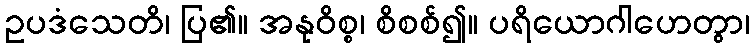
ဥပဒံသေတိ၊ ပြ၏။ အနုဝိစ္စ၊ စိစစ်၍။ ပရိယောဂါဟေတွာ၊